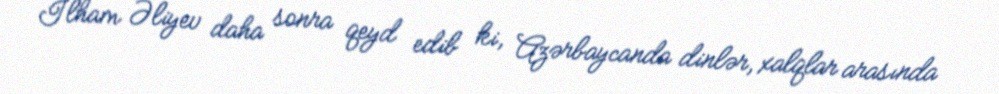
İlham Əliyev daha sonra qeyd edib ki, Azərbaycanda dinlər, xalqlar arasında